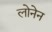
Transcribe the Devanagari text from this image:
लोनेन